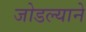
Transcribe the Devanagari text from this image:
जोडल्याने